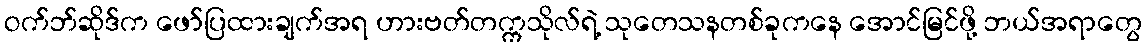
ဝက်ဘ်ဆိုဒ်က ဖော်ပြထားချက်အရ ဟားဗတ်တက္ကသိုလ်ရဲ့ သုတေသနတစ်ခုကနေ အောင်မြင်ဖို့ ဘယ်အရာတွေ